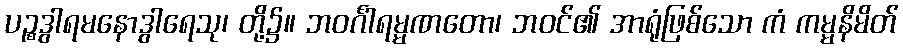
ပဉ္စဒွါရမနောဒွါရေသု၊ တို့၌။ ဘဝင်္ဂါရမ္မဏတော၊ ဘဝင်၏ အာရုံဖြစ်သော ကံ ကမ္မနိမိတ်